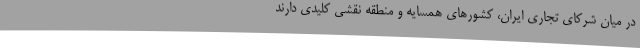
در میان شرکای تجاری ایران، کشورهای همسایه و منطقه نقشی کلیدی دارند